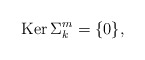
\begin{align*}\operatorname{Ker} \Sigma_k^m =\{0\},\end{align*}